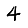
Digit: 4